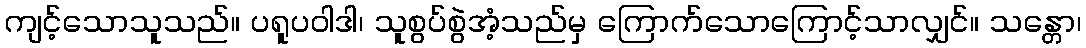
ကျင့်သောသူသည်။ ပရူပဝါဒါ၊ သူစွပ်စွဲအံ့သည်မှ ကြောက်သောကြောင့်သာလျှင်။ သန္တော၊